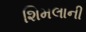
શિમલાની